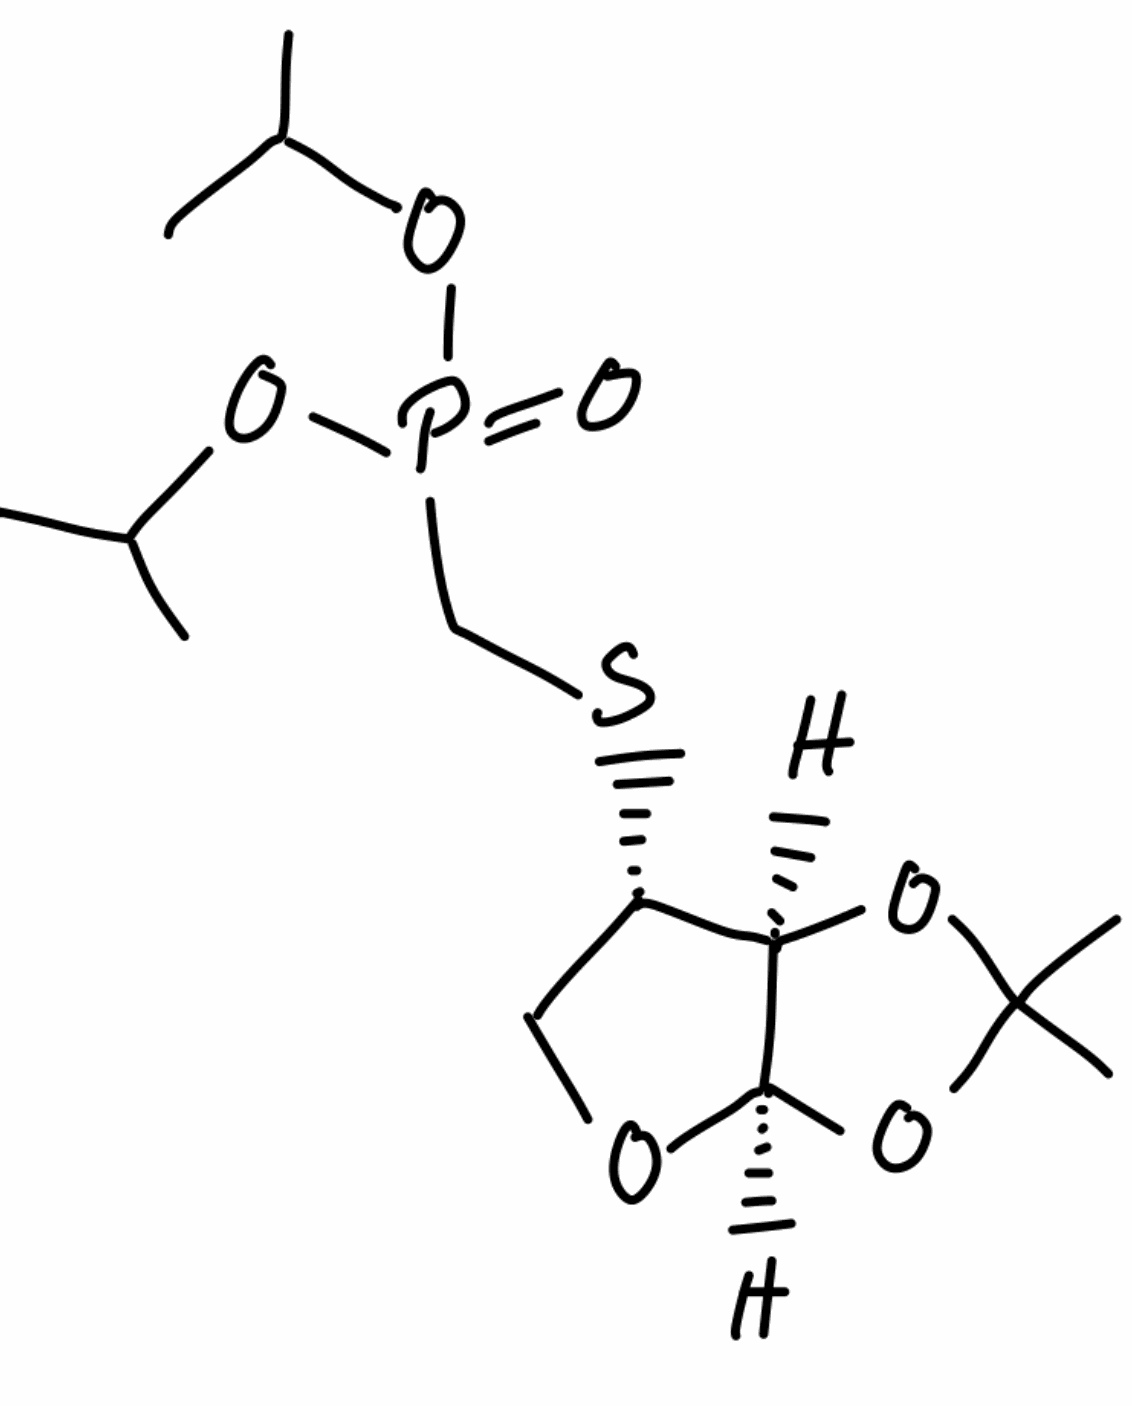
Simplified molecular-input line-entry system (SMILES) notation of the given molecule:
CC(C)OP(=O)(CS[C@H]1CO[C@H]2[C@@H]1OC(O2)(C)C)OC(C)C